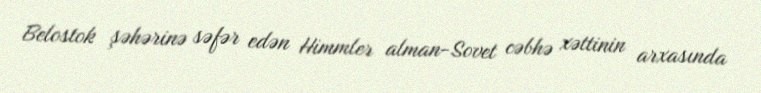
Belostok şəhərinə səfər edən Himmler alman-Sovet cəbhə xəttinin arxasında